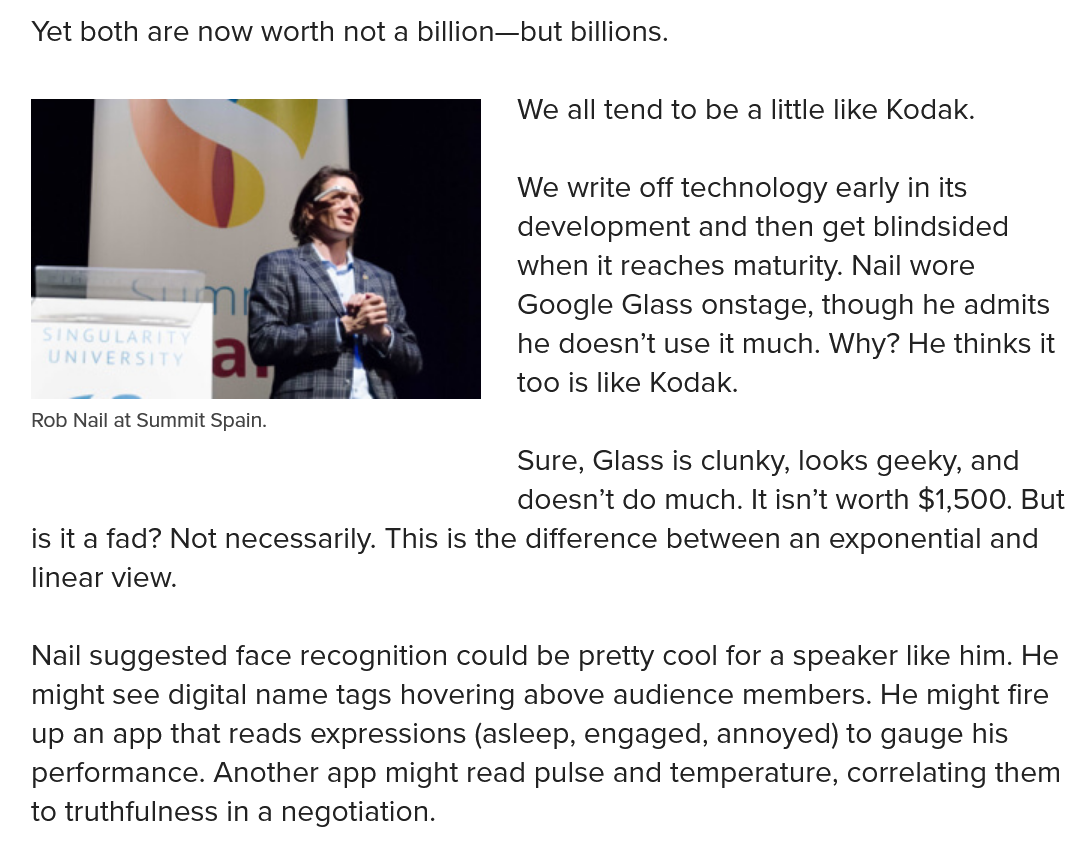
Yet both are now worth not a billion—but billions.
     We all tend to be a little like Kodak.
     We write off technology early in its
     development and then get blindsided
     when it reaches maturity. Nail wore
     Google Glass onstage, though he admits
     he doesn’t use it much. Why? He thinks it
     too is like Kodak.
     Sure, Glass is clunky, looks geeky, and
     doesn’t do much. It isn’t worth $1,500. But
   is ita fad? Not necessarily. This is the difference between an exponential and
   linear view.
   Nail suggested face recognition could be pretty cool for a speaker like him. He
   might see digital name tags hovering above audience members. He might fire
   up an app that reads expressions (asleep, engaged, annoyed) to gauge his
   performance. Another app might read pulse and temperature, correlating them
  to truthfulness in a negotiation.
   Rob Nail at Summit Spain.